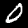
Digit: 0